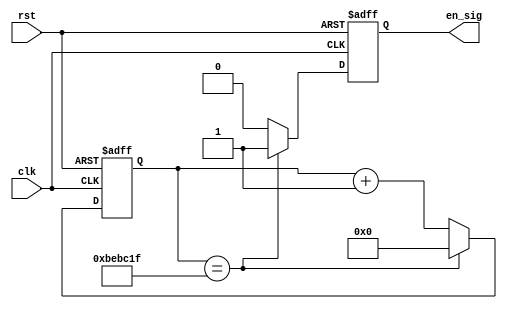
/* 50Mhz -> 0.25 sec enable */

module en_txsig (
	clk,
	rst,
	en_sig);
	
	input				clk;
	input				rst;
	output			en_sig;
	
	reg				en_sig;
	reg	[24:0]	cnt_en_sig;
	
	//Frequency divider (50MHZ -> 4Hz), enable signal
	always @ (posedge clk or negedge rst) begin
		if (!rst) begin
			cnt_en_sig	<= 0;
			en_sig		<= 0;
		end
		else if (cnt_en_sig == 25'd12499999) begin
			cnt_en_sig	<= 0;
			en_sig		<= 1'b1;
		end
		else begin
			cnt_en_sig	<= cnt_en_sig + 1'b1;
			en_sig		<= 0;
		end
	end
	
endmodule